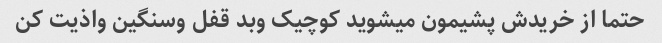
حتما از خریدش پشیمون میشوید کوچیک وبد قفل وسنگین واذیت کن